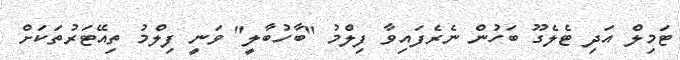
ޓަމިލް އަދި ޓެލެގޫ ބަހުން ނެރެފައިވާ ފިލްމު "ބާހުބާލީ" ވަނީ ފިލްމު ތިއޭޓަރުތަކަށް